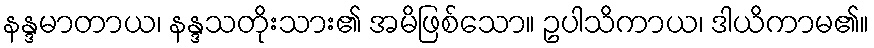
နန္ဒမာတာယ၊ နန္ဒသတိုးသား၏ အမိဖြစ်သော။ ဥပါသိကာယ၊ ဒါယိကာမ၏။